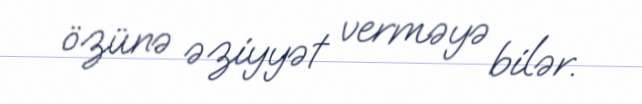
özünə əziyyət verməyə bilər.